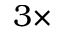
3 \times